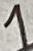
Text: 1